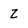
Character: Z